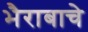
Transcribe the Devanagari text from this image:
भैराबाचे